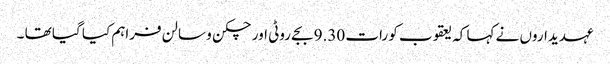
عہدیداروں نے کہا کہ یعقوب کو رات 9.30 بجے روٹی اور چکن و سالن فراہم کیا گیا تھا ۔